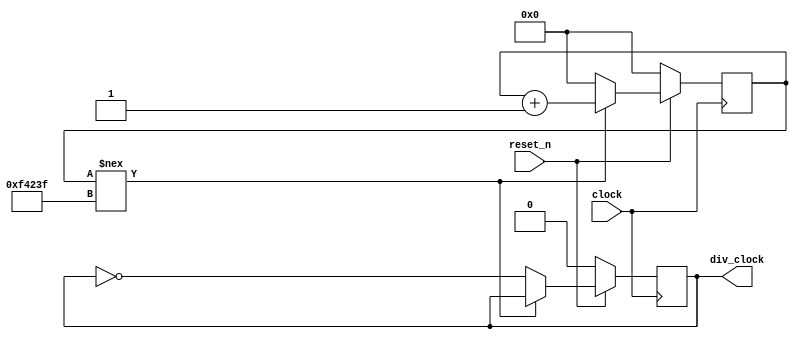
/* 
   ECEN 2350: Lab 2
   Module divides an inputted clock by 2 million.  
   When provided a 10 MHz clock, the output is 5 Hz. 
   Pulling reset_n to 0 will cause the clock & counter to reset to 0 on the falling edge
*/


module div10M_5(input clock,input reset_n, output reg div_clock);

reg [23:0] counter;

initial begin
     counter <= 24'b0;
     div_clock <= 1'b0;
end

always @(posedge clock)  //Detects for positive edge of clock 
begin
     if (~reset_n) begin //When reseting at a negative edge, divides the clock in half
          div_clock <= 1'b0;
          counter <= 24'b0;
     end
     else if(counter !== 999999) begin
          // for a 10 Mhz clock, 1 tick = 100 ns. 
          //We need the state to change every 100 millisecond to achieve a 5Hz signal
          // 100 ms -> 100 000 000 ns 
          // 100 000 000 / 100 = 1 000 000 ticks
          // this counter counts from 0 to 999 999, which is 1 000 000 ticks.
          counter <= counter + 1; // keep counting up
     end
     else begin
          counter <= 0; // reset the counter
          div_clock <= ~div_clock; // flip the clock state
     end
end
endmodule